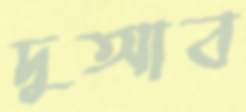
দুআব